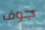
جوف